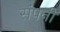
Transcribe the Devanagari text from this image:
संपनी